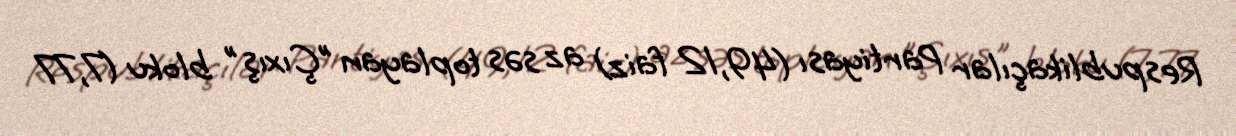
Respublikaçılar Partiyası (49,12 faiz) az səs toplayan "Çıxış" bloku (7,77